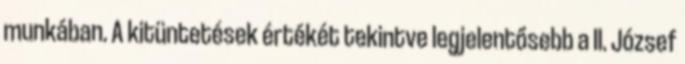
munkában. A kitüntetések értékét tekintve legjelentősebb a II. József